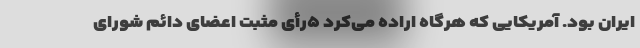
ایران بود. آمریکایی که هرگاه اراده می‌کرد ۵رأی مثبت اعضای دائم شورای